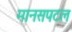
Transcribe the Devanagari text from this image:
मानसपटल